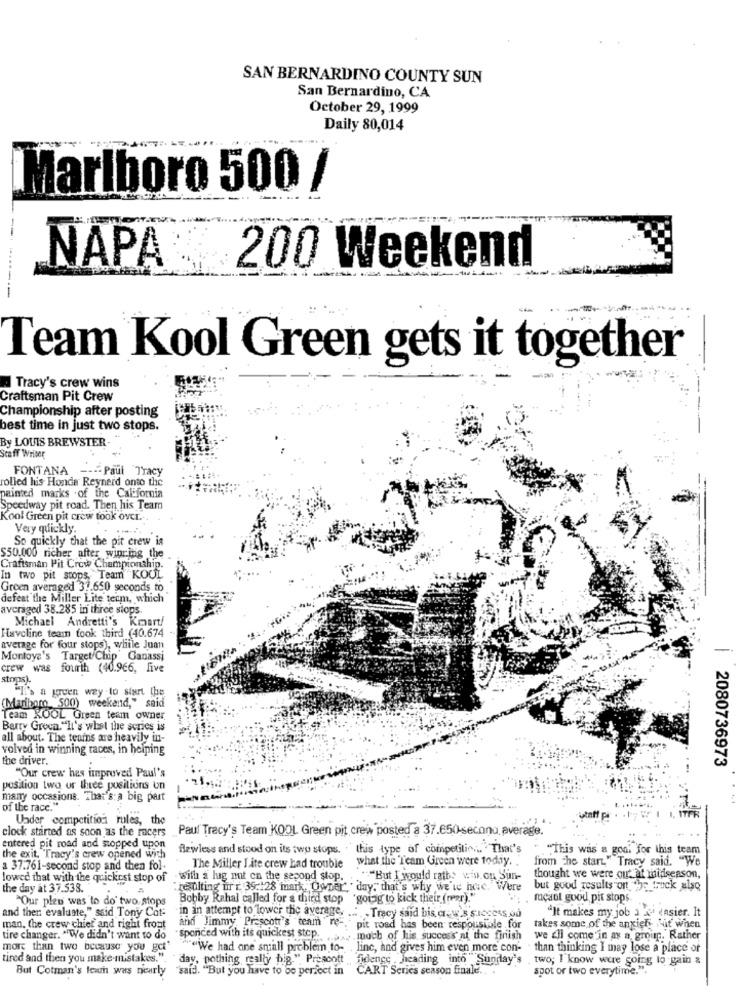
SAN BERNARDINO COUNTY SUN
San Bernardino, CA
October 29, 1999
Daily 80,014
Marlboro 500 /
-
NAPA 200 Weekend
----
Team Kool Green gets it together
Tracy's crew wins
Craftsman Pit Crew
Championship after posting
best time in just two stops.
By LOUIS BREWSTER
Scaff Writer
FONTANA
---- Paul Tracy
rolled his Honde Reynard onto the
painted marks of the California
Speedway pit road. Then his Team
Kool Green pit crew took over.
Very quickly.
So quickly that the pit crew is
$50.000 richer after winning the
Craftsman Pit Crew Championship.
In two pit stops, Team KOOL
Groen averaged 31.650 seconds to
defeat the Miller Lite term, which
averaged 38.285 in three siops.
Michael Andretti's Kmart/
Haveline team took third (40.674
average for four stops), while Juan
-
Montoya's Target/Chip Ganassi
crew was fourth (40.966, five
stops).
"I's a green way to start the
(Maribor 500) weekend," said
Team KOOL Green team owner
Barry Greca."It's what the series is
all about. The teams are heavily in-
volved in winning races, in helping
the driver.
2080736973
"Our crew has improved Paul's
position two or three positions un
many occasions. That's:a big part
of the race."
Under competitions rules, the
1. ITFR
Paul Tracy's Team KOOL Green pit creix posted a 37.650 secono average.
clock started as soon as the racers
entered pit road and stopped upon
flawless and stood on its two stops. this type of competition .. "That's
"This was a goal for this team
the exit "Tracy's crew opened with
what the Team Green were today. .
from the start" Tracy said. "We
a 37.761-second stop and then fol-
The Miller I ate crew had trouble
lowed that with the quickest stop of
with a lug nut on the second stop.
*"But I would raths win. on Sun-
thought we were out at maidiseason,
the day at 37.538.
: resulting ur': 35:128 mark, Owner"," day, that's why we're huc. Were
but good results on hs
in the track also
"Our ples was to do' two stops
Bobby Rahal called for a third stop "going to kick their (meer)."
mcaul good pit stops.
`It makes my job a 2 easier. It
and then evaluate," said Tony Cot-
in an attempt to lower the average, ... . Tracy said bis cr. w's success 00
man, the crew chief and right front
and Jimmy Prescot's team re -, pit road has been responsible for
takes some of the anxiety Hit when
tire changer. "We didn't want to do
sponced with its quickest stcp .... much of his success at the finish
we Eli come'in as a group. Rather
more than two because you get'
"We had one small problem to- line, and gives him even more con-
than thinking I may lose a place of
tired and then you make mistakes.". "day, nothing really big." Prescott fidence ,heading into Sunday's ,two; I know were going to gain &
But Cotman's few was nearly
"said. "But you have to be perfect in "CART Series season finale ...
spot or two everytime.".